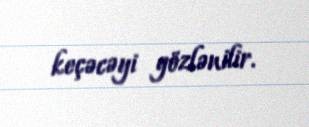
keçəcəyi gözlənilir.